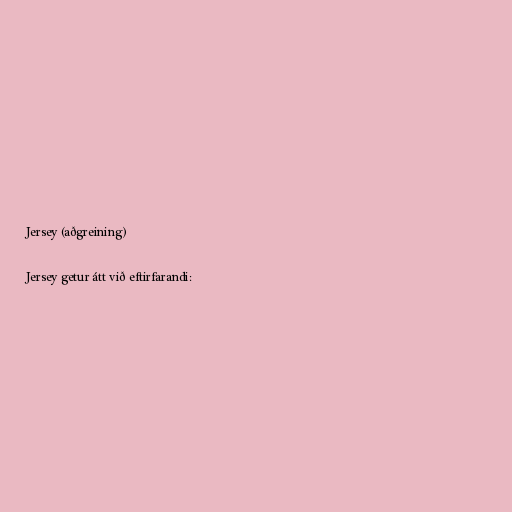
Jersey (aðgreining)

Jersey getur átt við eftirfarandi: